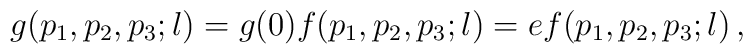
g(p_1,p_2,p_3;l)=g(0)f(p_1,p_2,p_3;l)=   e f(p_1,p_2,p_3;l)\,,